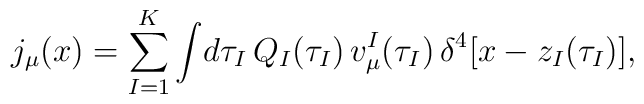
j_\mu (x) =\sum^K_{I=1}\int\!d\tau_I\, Q_I(\tau_I)\,v^I_\mu (\tau_I)\,\delta^4\bigl [x-z_I (\tau_I)\bigr],